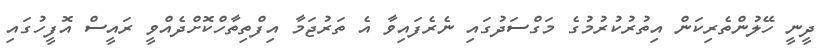
ދީނީ ހޭލުންތެރިކަން އިތުރުކުރުމުގެ މަގްސަދުގައި ނެރެފައިވާ އެ ތަރުޖަމާ އިފްތިތާހްކޮށްދެއްވީ ރައީސް އޮފީހުގައި